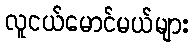
လူငယ်မောင်မယ်များ